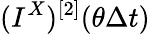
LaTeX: (I^{X})^{[2]}(\theta\Delta t)